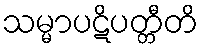
သမ္မာပဋိပတ္တီတိ